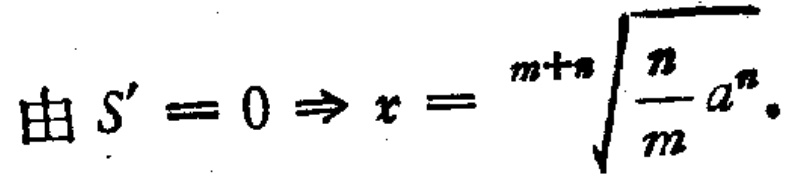
由 \(S' = 0 \Rightarrow x = \sqrt[m + n]{\frac{n}{m} a^{n}}\).